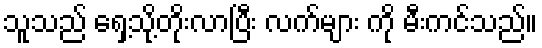
သူသည် ရှေ့သို့တိုးလာပြီး လက်များ ကို မီးကင်သည်။